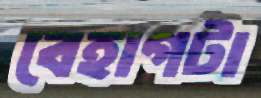
বেহাগটা